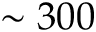
\sim 3 0 0